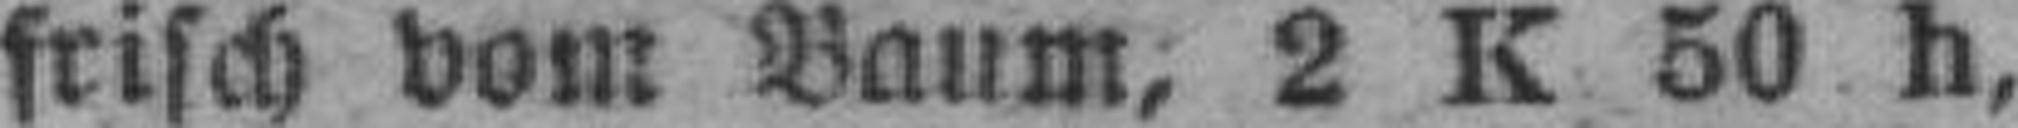
frisch vom Baum, 2 K 50 h,